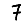
Digit: 7